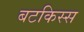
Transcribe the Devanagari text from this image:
बटकिस्स